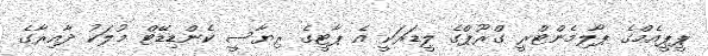
ޕީޕީއެމްގެ ޕާލިމެންޓްރީ ގްރޫޕްގެ ލީޑަރަކީ އެ ޕާޓީގެ ރިޔާސީ ކެންޑިޑޭޓް މުލަކު ދާއިރާގެ